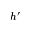
h ^ { \prime }